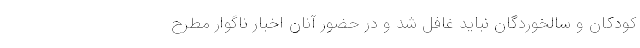
کودکان و سالخوردگان نباید غافل شد و در حضور آنان اخبار ناگوار مطرح